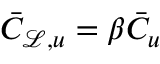
\bar { C } _ { \ensuremath { \mathcal { L } } , u } = \beta \bar { C } _ { u }